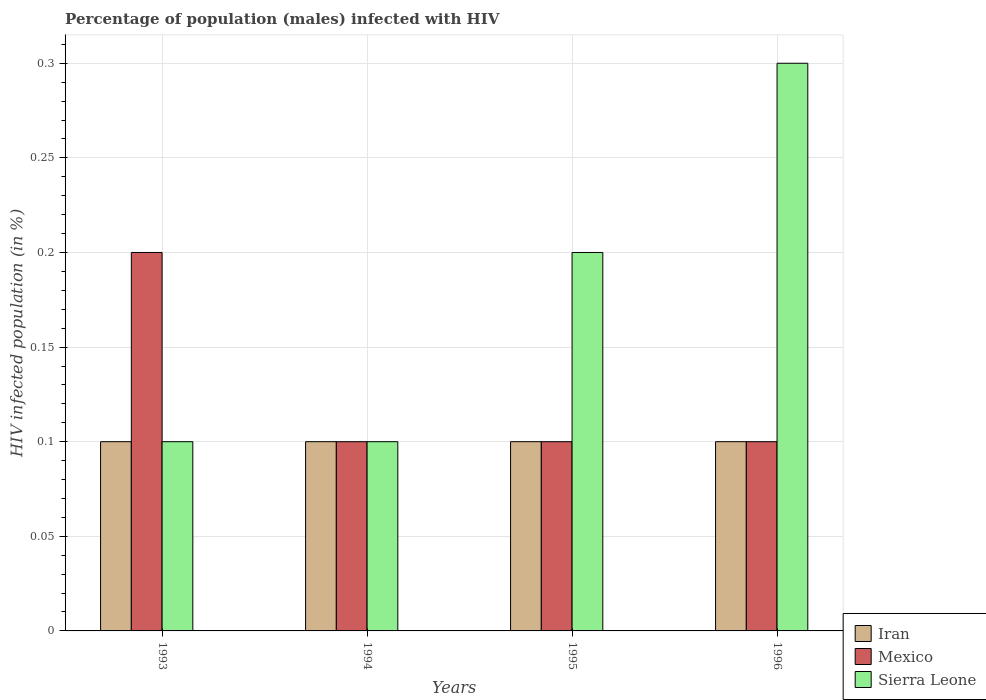
| Years | Iran | Mexico | Sierra Leone |
 | --- | --- | --- | --- |
 | 1993 | 0.1 | 0.2 | 0.1 |
 | 1994 | 0.1 | 0.1 | 0.1 |
 | 1995 | 0.1 | 0.1 | 0.2 |
 | 1996 | 0.1 | 0.1 | 0.3 |